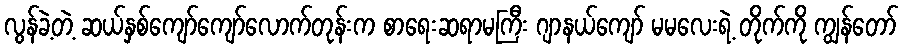
လွန်ခဲ့တဲ့ ဆယ်နှစ်ကျော်ကျော်လောက်တုန်းက စာရေးဆရာမကြီး ဂျာနယ်ကျော် မမလေးရဲ့ တိုက်ကို ကျွန်တော်